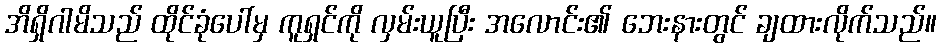
အိရှိဂါမိသည် ထိုင်ခုံပေါ်မှ ကူရှင်ကို လှမ်းယူပြီး အလောင်း၏ ဘေးနားတွင် ချထားလိုက်သည်။